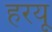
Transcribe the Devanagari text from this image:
हरयू